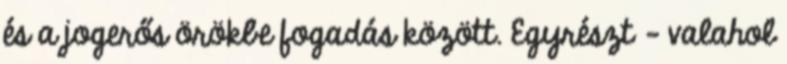
és a jogerős örökbe fogadás között. Egyrészt – valahol